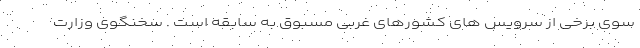
سوی برخی از سرویس های کشورهای غربی مسبوق به سابقه است . سخنگوی وزارت